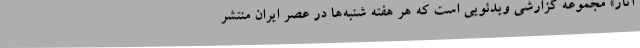
آثار» مجموعه‌ گزارشی ویدئویی است که هر هفته شنبه‌ها در عصر ایران منتشر